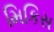
મિકિસ